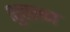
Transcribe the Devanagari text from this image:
शुक्लन